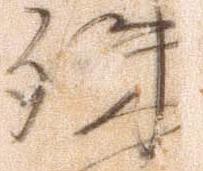
殊